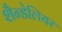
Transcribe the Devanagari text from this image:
शैन्डेलियर